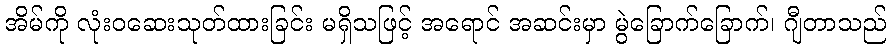
အိမ်ကို လုံးဝဆေးသုတ်ထားခြင်း မရှိသဖြင့် အရောင် အဆင်းမှာ မွဲခြောက်ခြောက်၊ ဂျီတာသည်